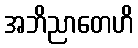
အဘိညာတေဟိ